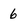
Character: 6